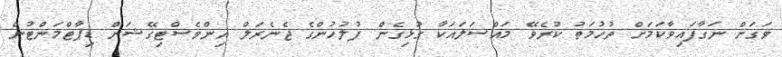
ވަގަށް ނަގާފައިވާކަމަށް ތުހުމަތު ކުރެވޭ މައްސަލައަކާ ގުޅިގެން ފުލުހުންގެ ޖެނެރަލް އިންވެސްޓިގޭޝަން ޑިޕާޓްމަންޓުން